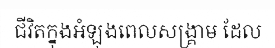
ជីវិតក្នុងអំឡុងពេលសង្គ្រាម ដែល